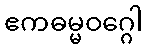
ဧကဓမ္မဝဂ္ဂေါ